Medical and sanitary report of the native army of Bengal for the year
Year: 1877
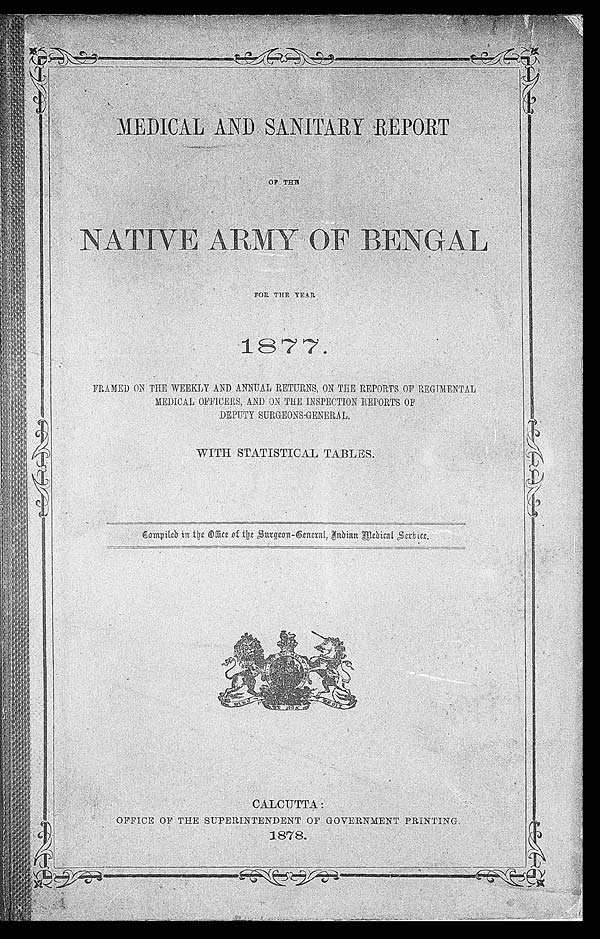
MEDICAL AND SANITARY REPORT
OF T
HE
NATIVE ARMY OF BENGAL
FOR THE YEAR
1877.
FRAMED ON THE WEEKLY AND ANNUAL RETURNS, ON THE REPOST OF REGIMENTAL
MEDICAL OFFICERS, AND ON THE INSPECTION REPORTS OF
DEPUTY SURGEONS-GENERAL.
WITH STATISTICAL TABLES.
Compiled in the Office of the Surgeon-General, Indian Medical Service.
CALCUTTA:
OFFICE OF THE SUPERINTENDENT OF GOVERNMENT PRINTING.
1878.